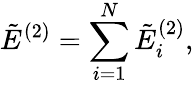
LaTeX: \tilde{E}^{(2)}=\sum_{i=1}^{N}\tilde{E}_{i}^{(2)},